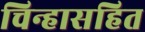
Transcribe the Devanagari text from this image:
चिन्हासहित